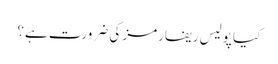
کیا پولیس ریفارمز کی ضرورت ہے؟